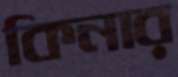
কিনার